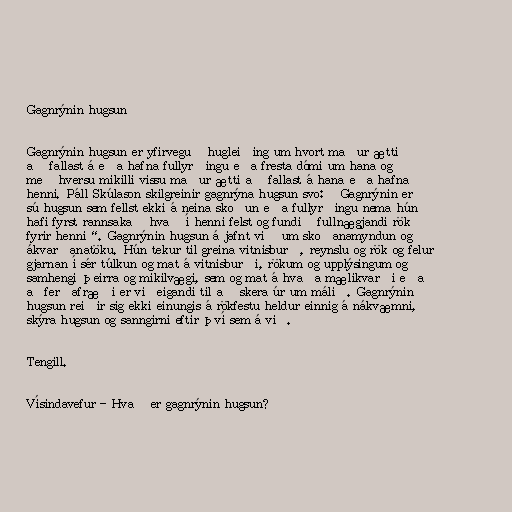
Gagnrýnin hugsun

Gagnrýnin hugsun er yfirveguð hugleiðing um hvort maður ætti
að fallast á eða hafna fullyrðingu eða fresta dómi um hana og
með hversu mikilli vissu maður ætti að fallast á hana eða hafna
henni. Páll Skúlason skilgreinir gagnrýna hugsun svo: „Gagnrýnin er
sú hugsun sem fellst ekki á neina skoðun eða fullyrðingu nema hún
hafi fyrst rannsakað hvað í henni felst og fundið fullnægjandi rök
fyrir henni“. Gagnrýnin hugsun á jafnt við um skoðanamyndun og
ákvarðanatöku. Hún tekur til greina vitnisburð, reynslu og rök og felur
gjarnan í sér túlkun og mat á vitnisburði, rökum og upplýsingum og
samhengi þeirra og mikilvægi, sem og mat á hvaða mælikvarði eða
aðferðafræði er viðeigandi til að skera úr um málið. Gagnrýnin
hugsun reiðir sig ekki einungis á rökfestu heldur einnig á nákvæmni,
skýra hugsun og sanngirni eftir því sem á við.

Tengill.

Vísindavefur - Hvað er gagnrýnin hugsun?